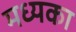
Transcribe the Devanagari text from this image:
मध्यका